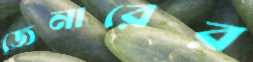
জেনারের